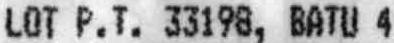
LOT P.T. 33198, BATU 4